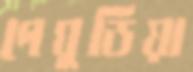
পেঘুডিয়া